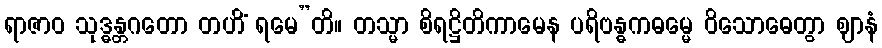
ရာဇာဝ သုဒ္ဓန္တဂတော တဟိံ ရမေ”တိ။ တသ္မာ စိရဋ္ဌိတိကာမေန ပရိဗန္ဓကဓမ္မေ ဝိသောဓေတွာ ဈာနံ